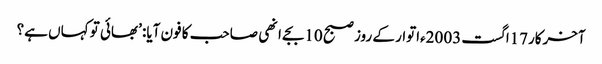
آخرکار17اگست 2003ءاتوار کے روز صبح 10بجے انھی صاحب کا فون آیا: ’بھائی تو کہاں ہے؟